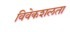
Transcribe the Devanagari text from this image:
विवेकशलता